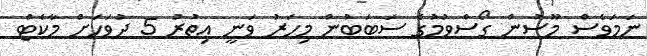
ނަމަވެސް މޫސުން ގޯސްވުމުގެ ސަަބަބުން މިހަރު ވަނީ އިތުރު 5 ދުވަހަށް މާކެޓް